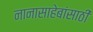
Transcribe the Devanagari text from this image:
नानासाहेबांसाठी